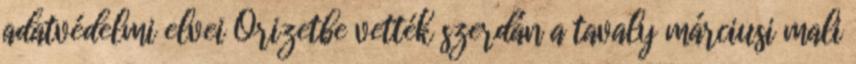
adatvédelmi elvei Őrizetbe vették szerdán a tavaly márciusi mali